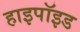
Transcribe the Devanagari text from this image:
हाइपॉइड